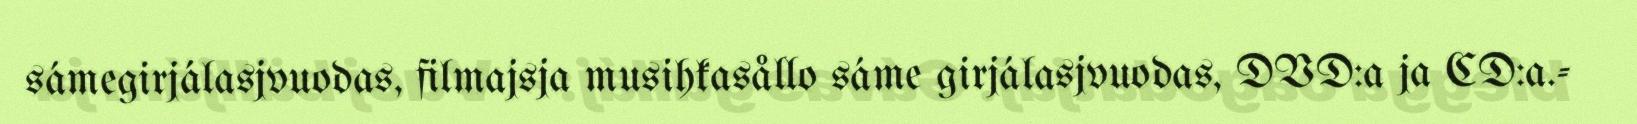
sámegirjálasjvuodas, filmajsja musihkasållo sáme girjálasjvuodas, DVD:a ja CD:a.-